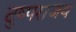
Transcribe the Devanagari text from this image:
दुष्पराजय